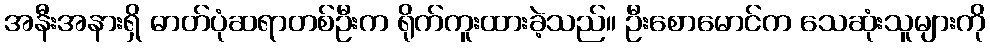
အနီးအနားရှိ ဓာတ်ပုံဆရာတစ်ဦးက ရိုက်ကူးထားခဲ့သည်။ ဦးစောမောင်က သေဆုံးသူများကို